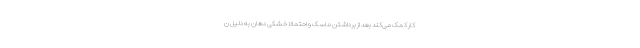
کار کمک می‌کند بعد از برداشتن ماسک و احتمالا خشکی‌ دهان به دلیل ن